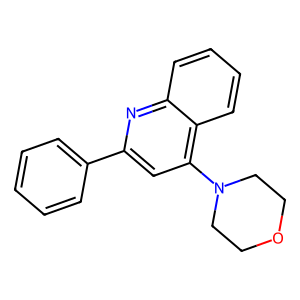
SMILES: c1ccc(-c2cc(N3CCOCC3)c3ccccc3n2)cc1
Inhibits HIV replication: No